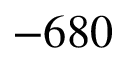
- 6 8 0